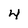
Character: 4